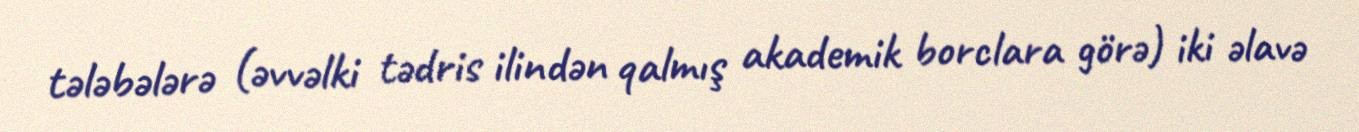
tələbələrə (əvvəlki tədris ilindən qalmış akademik borclara görə) iki əlavə